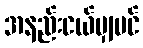
အနည်းငယ်မျှပင်